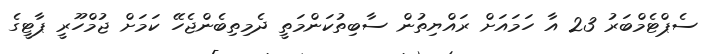
ސެޕްޓެމްބަރު 23 އާ ހަމައަށް ރައްޔިތުން ސާބިތުކަންމަތީ ދެމިތިބެންޖެހޭ ކަމަށް ޖުމްހޫރީ ޕާޓީގެ